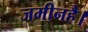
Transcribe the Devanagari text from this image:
जमीनहै।